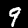
Digit: 9